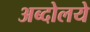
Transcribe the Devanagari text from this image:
अब्दोलये